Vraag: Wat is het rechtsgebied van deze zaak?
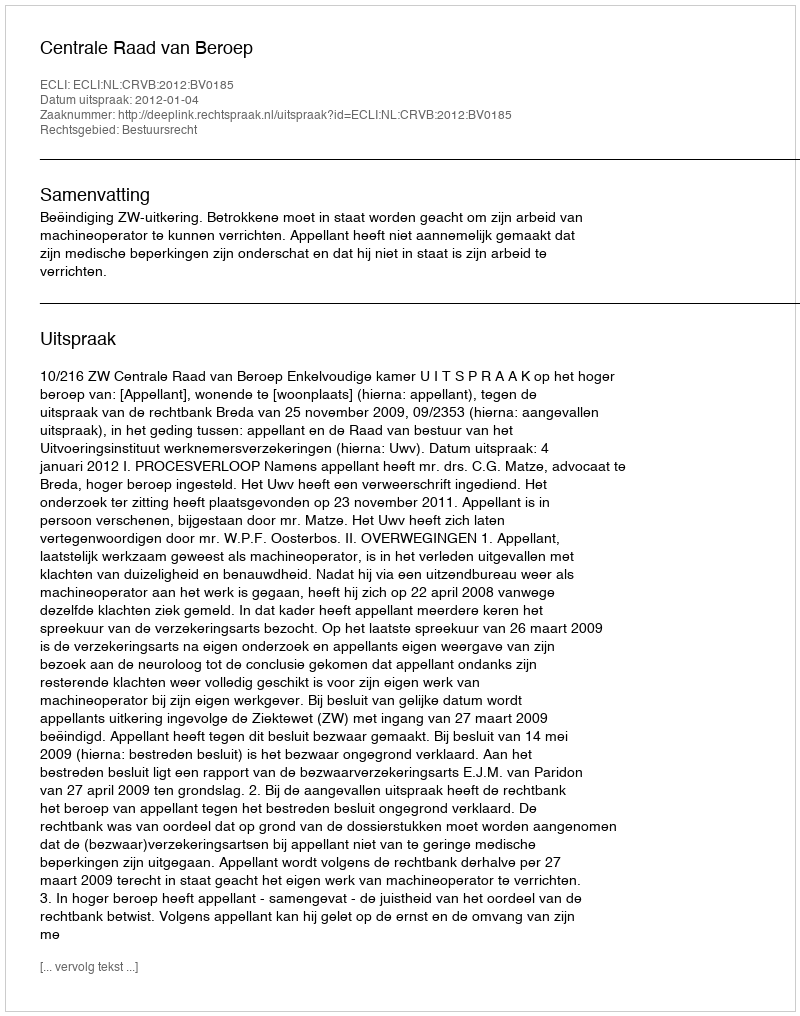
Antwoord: Bestuursrecht